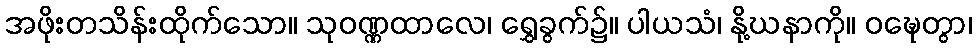
အဖိုးတသိန်းထိုက်သော။ သုဝဏ္ဏထာလေ၊ ရွှေခွက်၌။ ပါယသံ၊ နို့ဃနာကို။ ဝဍ္ဎေတွာ၊